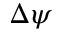
\Delta \psi